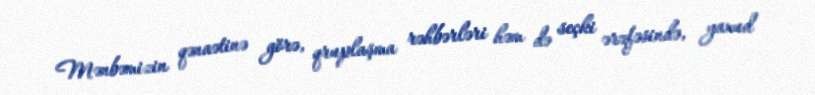
Mənbəmizin qənaətinə görə, qruplaşma rəhbərləri həm də seçki ərəfəsində, yaxud